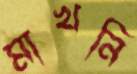
মাখনি